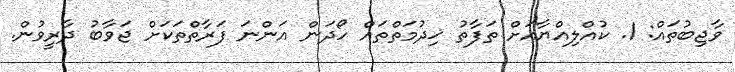
ވާޖިބުތައް: 1. ކުއްލިއްޔާއަށް ތަފާތު ޚިދުމަތްތައް ހޯދަން އަންނަ ފަރާތްތަކަށް ޖަވާބު ދާރީވުން.